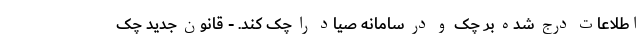
اطلاعات درج شده بر چک و در سامانه صیاد را چک کند. - قانون جدید چک